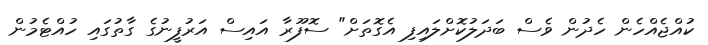
ކުއްޖެއްހެން ހެދުން ވެސް ބަދަލުކޮށްލައިފި އެގޮތަށް" ސޮފޫރާ އައިސް އަރުފީނުގެ ގާތުގައި ހުއްޓެމުން